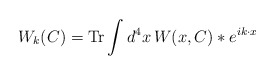
\begin{align*}W_k (C) = {\rm Tr} \int d^4 x \, W(x,C) \ast e^{i k \cdot x}\end{align*}